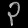
Digit: ၃